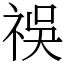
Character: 祦